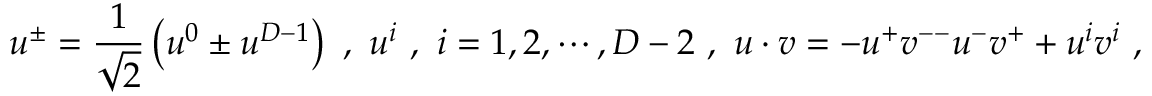
u ^ { \pm } = \frac { 1 } { \sqrt { 2 } } \left( u ^ { 0 } \pm u ^ { D - 1 } \right) \ , \ u ^ { i } \ , \ i = 1 , 2 , \cdots , D - 2 \ , \ u \cdot v = - u ^ { + } v ^ { -- } u ^ { - } v ^ { + } + u ^ { i } v ^ { i } \ ,